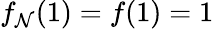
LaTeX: f_{\mathcal{N}}(1)=f(1)=1